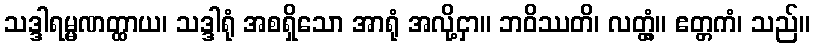
သဒ္ဒါရမ္မဏတ္ထာယ၊ သဒ္ဒါရုံ အစရှိသော အာရုံ အလို့ငှာ။ ဘဝိဿတိ၊ လတ္တံ့။ ဧတ္တကံ၊ သည်။